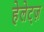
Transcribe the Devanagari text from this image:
हेलेट्ज़